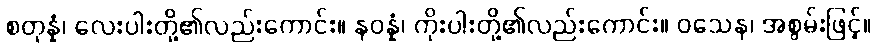
စတုန္နံ၊ လေးပါးတို့၏လည်းကောင်း။ နဝန္နံ၊ ကိုးပါးတို့၏လည်းကောင်း။ ဝသေန၊ အစွမ်းဖြင့်။